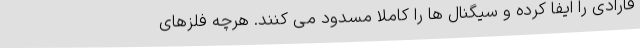
فارادی را ایفا کرده و سیگنال ها را کاملا مسدود می کنند. هرچه فلزهای